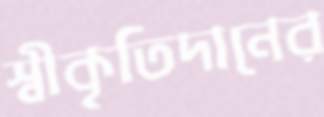
স্বীকৃতিদানের